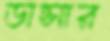
ডান্সার